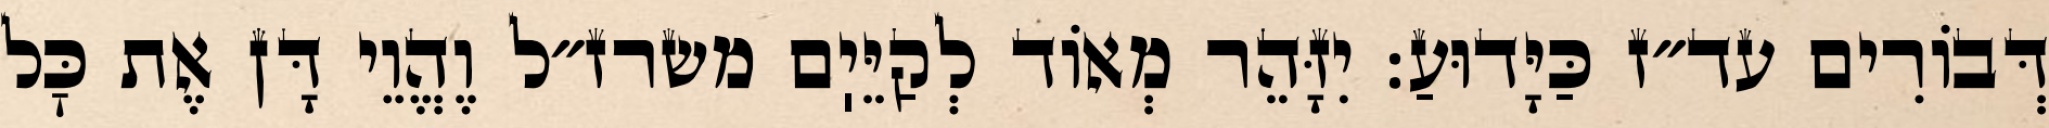
דְּבוֹרִים עד״ז כַּיָּדוּעַ: יִזָּהֵר מְאוֹד לְקַיֵּיֽם משרז״ל וֶהֱוֵי דָּן אֶת כׇּל